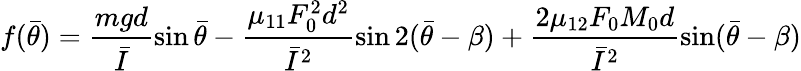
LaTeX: f(\bar{\theta})=\frac{mgd}{\bar{I}}\sin\bar{\theta}-\frac{\mu_{11}F_{0}^{2}d^{2}}{\bar{I}^{2}}\sin 2(\bar{\theta}-\beta)+\frac{2\mu_{12}F_{0}M_{0}d}{\bar{I}^{2}}\sin(\bar{\theta}-\beta)